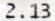
2.13